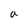
Character: a